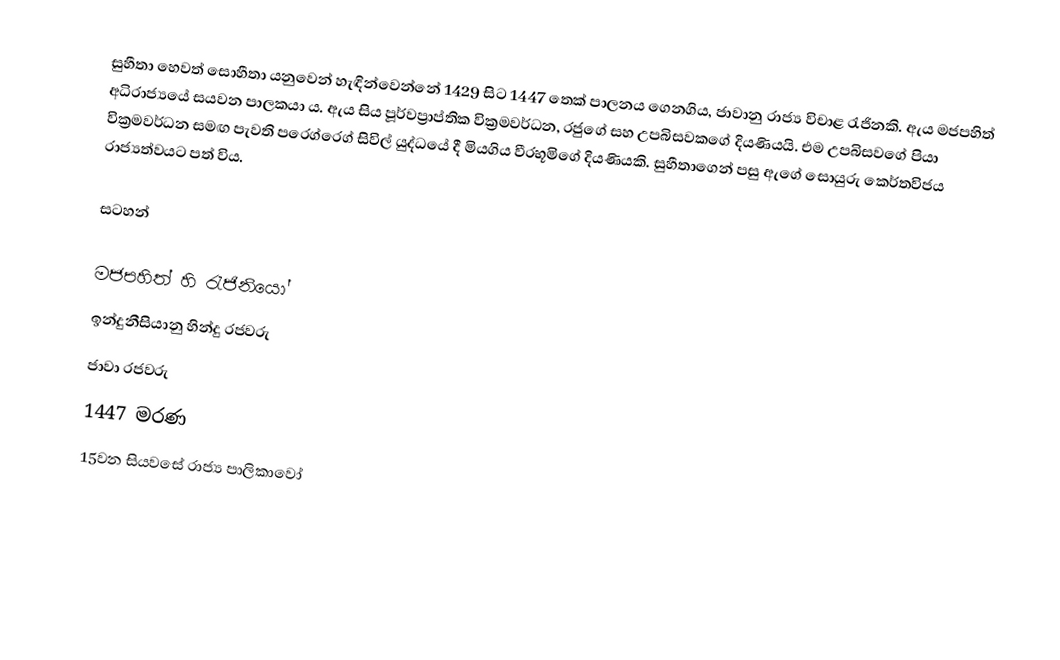
සුහීතා හෙවත් සොහීතා යනුවෙන් හැඳින්වෙන්නේ 1429 සිට 1447 තෙක් පාලනය ගෙනගිය, ජාවානු රාජ්‍ය විචාළ රැජිනකි. ඇය මජපහිත් අධිරාජ්‍යයේ සයවන පාලකයා ය. ඇය සිය පූර්වප්‍රාප්තික වික්‍රමවර්ධන, රජුගේ සහ උපබිසවකගේ දියණියයි. එම උපබිසවගේ පියා වික්‍රමවර්ධන සමඟ පැවති පරෙග්රෙග් සිවිල් යුද්ධයේ දී  මියගිය වීරභූමිගේ දියණියකි. සුහීතාගෙන් පසු ඇගේ සොයුරු කෙර්තවිජය රාජ්‍යත්වයට පත් විය.

සටහන්

මජපහිත් හි රැජිනියෝ
ඉන්දුනීසියානු හින්දු ‍රජවරු
ජාවා රජවරු
1447 මරණ
15වන සියවසේ රාජ්‍ය පාලිකාවෝ